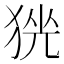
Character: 𱮃